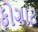
ફોગાટ